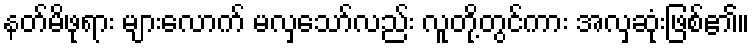
နတ်မိဖုရား များလောက် မလှသော်လည်း လူတို့တွင်ကား အလှဆုံးဖြစ်၏။